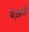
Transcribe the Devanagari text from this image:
बेज़्जती